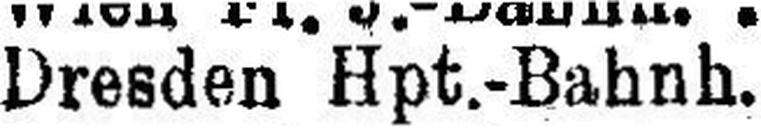
Dresdeb Hpt.-Bahnh.